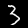
Digit: 3